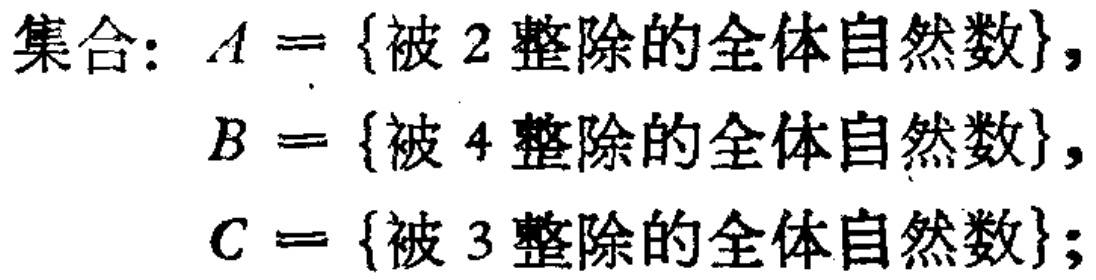
集合：$A = \{被\ 2\ 整除的全体自然数\}$，

$B = \{被\ 4\ 整除的全体自然数\}$，

$C = \{被\ 3\ 整除的全体自然数\}$；